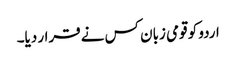
اردو کو قومی زبان کس نے قرار دیا۔